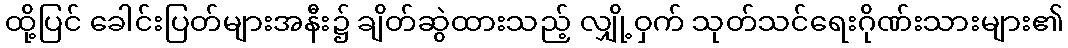
ထို့ပြင် ခေါင်းပြတ်များအနီး၌ ချိတ်ဆွဲထားသည့် လျှို့ဝှက် သုတ်သင်ရေးဂိုဏ်းသားများ၏